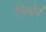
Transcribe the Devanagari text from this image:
फिंधोर्न